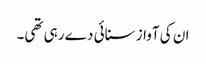
ان کی آواز سنائی دے رہی تھی۔